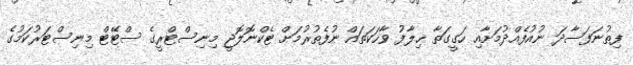
ފިތުނަފަސާދަ ނުއުފެއްދުމަށާއި ހަގީގަތާ ޚިލާފު ވާހަކަތައް ނުފެތުރުމަށް ޓެކްނޮލޮޖީ މިނިސްޓްރީގެ ސްޓޭޓް މިނިސްޓަރުކަމުގެ